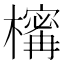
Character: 𣜏